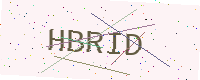
Text: HBRID